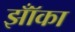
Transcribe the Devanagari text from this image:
झॉँका